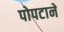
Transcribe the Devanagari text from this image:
पोपटाने